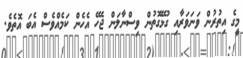
މީގެ އިތުރުން ވަނަވަރާއި ގުޅޭގޮތުން ވިސްނާލަން ޖެހޭ އެހެން ކަމެއްވެސް އެބަ އޮތެވެ.